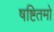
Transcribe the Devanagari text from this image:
षष्टितमो